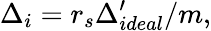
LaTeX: \Delta_{i}=r_{s}\Delta_{ideal}^{\prime}/m,